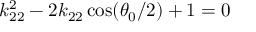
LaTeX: k _ { 2 2 } ^ { 2 } - 2 k _ { 2 2 } \cos ( \theta _ { 0 } / 2 ) + 1 = 0